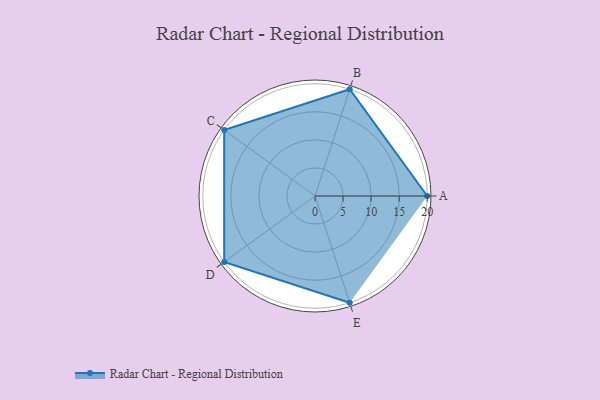
{"axis": {"x": "Skill", "y": "Score"}, "legend": ["Profile"], "data": [{"x": "A", "y": 20, "type": "Profile"}, {"x": "B", "y": 20, "type": "Profile"}, {"x": "C", "y": 20, "type": "Profile"}, {"x": "D", "y": 20, "type": "Profile"}, {"x": "E", "y": 20, "type": "Profile"}]}